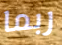
ربما